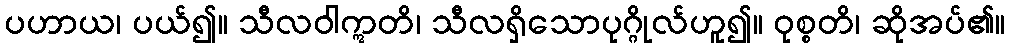
ပဟာယ၊ ပယ်၍။ သီလဝါဣတိ၊ သီလရှိသောပုဂ္ဂိုလ်ဟူ၍။ ဝုစ္စတိ၊ ဆိုအပ်၏။